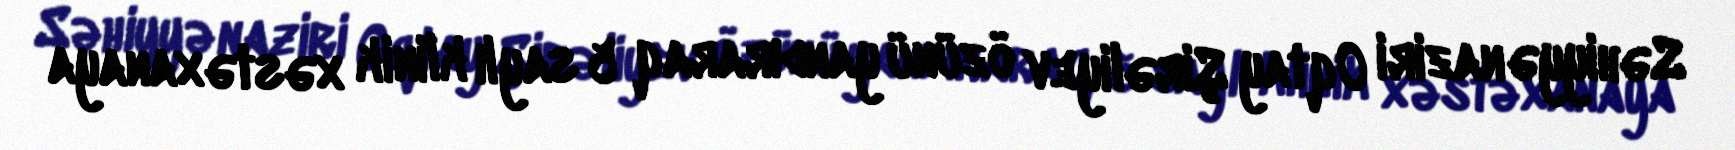
Səhiyyə naziri Oqtay Şirəliyev özünü yandıraraq 5 saylı klinik xəstəxanaya